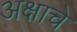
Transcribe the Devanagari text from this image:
अक्षाचे